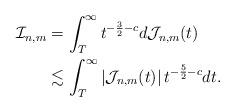
LaTeX: \begin{align*}\mathcal{I}_{n,m} &= \int_{T}^{\infty} t^{-\frac 3 2 -c} d \mathcal{J}_{n,m} (t)\\&\lesssim \int_{T}^{\infty} |\mathcal{J}_{n,m} (t)| \,t^{-\frac 5 2 -c} dt.\end{align*}